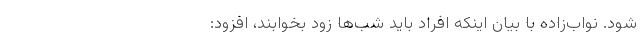
شود. نواب‌زاده با بیان اینکه افراد باید شب‌ها زود بخوابند، افزود: